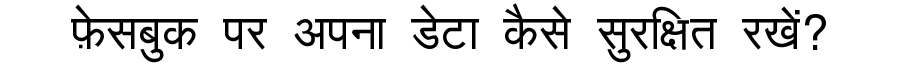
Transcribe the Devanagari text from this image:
फ़ेसबुक पर अपना डेटा कैसे सुरक्षित रखें?